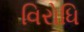
વિરોધિ